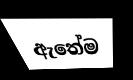
ඇතේම